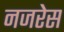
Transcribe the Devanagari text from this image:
नजरेेस